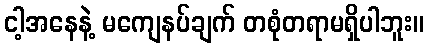
ငါ့အနေနဲ့ မကျေနပ်ချက် တစုံတရာမရှိပါဘူး။